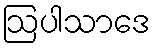
ဩပါသာဒေ